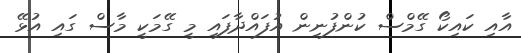
އާއި ކައިކޯ ގޭމްސް ކުންފުނިން އުފައްދާފައި މީ ގޭމަކީ މާސް ގައި އުޅޭ